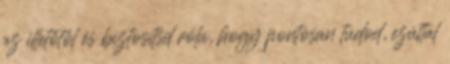
az illetőtől és biztosítsd róla, hogy pontosan tudod, ezúttal